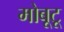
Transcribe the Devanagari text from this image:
मोबूटू